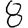
Digit: 8